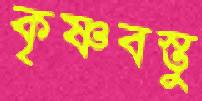
কৃষ্ণবস্তু